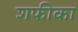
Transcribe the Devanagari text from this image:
शफीका